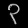
Digit: ၃